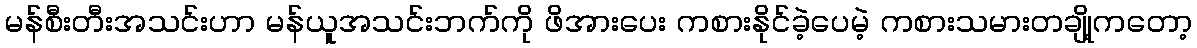
မန်စီးတီးအသင်းဟာ မန်ယူအသင်းဘက်ကို ဖိအားပေး ကစားနိုင်ခဲ့ပေမဲ့ ကစားသမားတချို့ကတော့